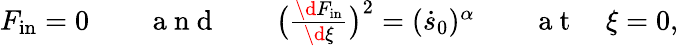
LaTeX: \begin{array}{rlr}{F_{\mathrm{in}}=0\qquad\mathrm{~a~n~d~}\qquad\big(\frac{\d F_{\mathrm{in}}}{\d\xi}\big)^{2}=(\dot{s}_{0})^{\alpha}}&{{}}&{\mathrm{~a~t~}\quad\xi=0,}\end{array}